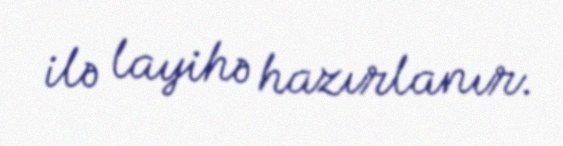
ilə layihə hazırlanır.